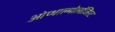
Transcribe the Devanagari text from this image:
ओप्थाल्मोलॉजिस्ट